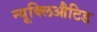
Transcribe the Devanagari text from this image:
न्यूक्लिऔटिड